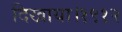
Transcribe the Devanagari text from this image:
दिखाया।१९१२